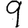
Digit: 9